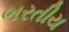
ભરતીય